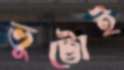
ভুট্টোই